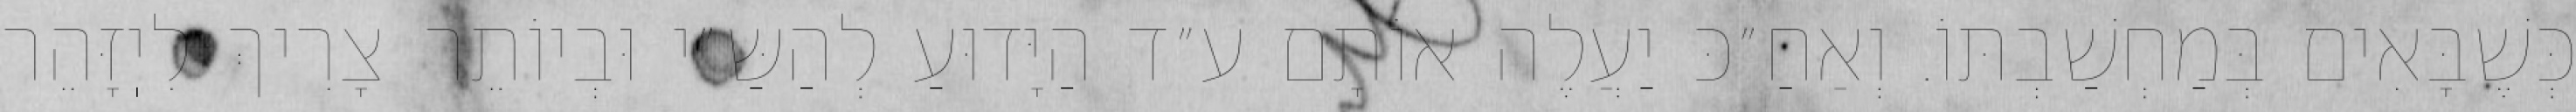
כְּשֶׁבָּאִים בְּמַחְשַׁבְתּוֹ. וְאַחַ״כּ יַעֲלֶה אוֹתָם ע״ד הַיָּדוּעַ לְהַשַּ״י וּבְיוֹתֵר צָרִיךְ לִיֽזָּהֵר